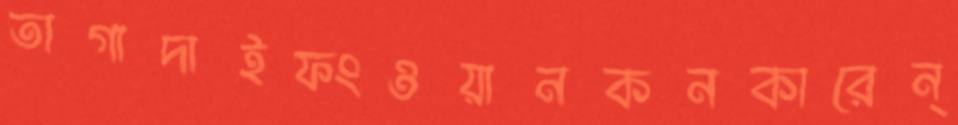
তাগাদাইফংওয়ানকনকারেন্